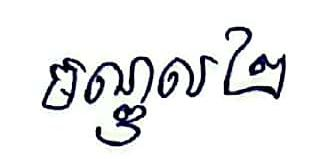
មណ្ឌល២